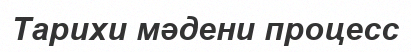
Тарихи мәдени процесс